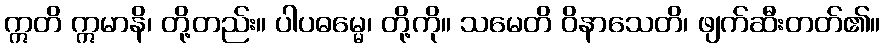
ဣတိ ဣမာနိ၊ တို့တည်း။ ပါပဓမ္မေ၊ တို့ကို။ သမေတိ ဝိနာသေတိ၊ ဖျက်ဆီးတတ်၏။